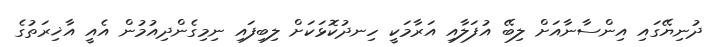
ދުނިޔޭގައި އިންސާނާއަށް ލިބޭ އުފަލާއި އަރާމަކީ ހިނދުކޮޅަކަށް ލިބިފައި ނިމިގެންދިއުމުން އެއީ އާޚިރަތުގެ